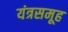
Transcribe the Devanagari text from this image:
यंत्रसमूह